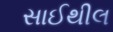
સાઈથીલ